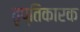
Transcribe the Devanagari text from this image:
तृप्तिकारक